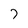
Character: 7